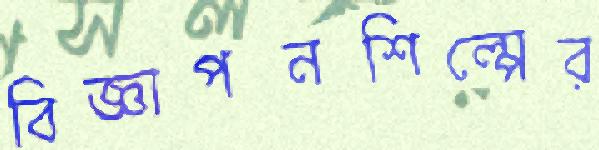
বিজ্ঞাপনশিল্পের